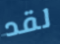
لقد